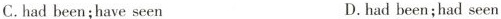
C. had been;have seen D. had been;had seen